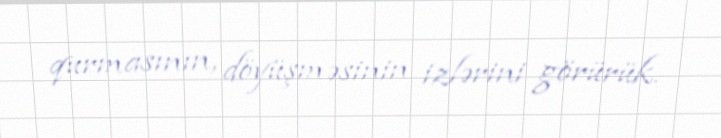
qurmasının, döyüşməsinin izlərini görürük.